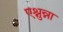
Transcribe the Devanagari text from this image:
एश्नुन्ना